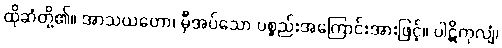
ထိုဆံတို့၏။ အာသယတော၊ မှီအပ်သော ပစ္စည်းအကြောင်းအားဖြင့်။ ပါဋိကုလျံ၊